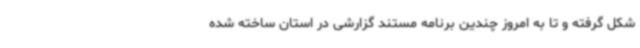
شکل گرفته و تا به امروز چندین برنامه مستند گزارشی در استان ساخته شده